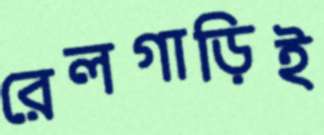
রেলগাড়িই